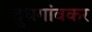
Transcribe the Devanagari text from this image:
दुधगांवकर